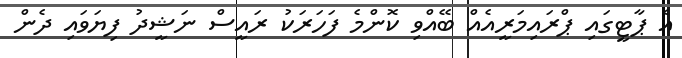
އެ ޕާޓީގައި ޕްރައިމަރީއެއް ބޭއްވި ކޮންމެ ފަހަރަކު ރައީސް ނަޝީދު ފިޔަވައި ދެން